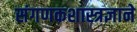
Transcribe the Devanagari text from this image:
संगणकशास्त्रज्ञाने